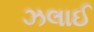
ઝલાઈ